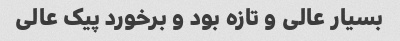
بسیار عالی و تازه بود و برخورد پیک عالی